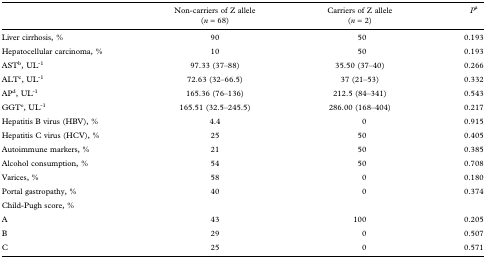
|  | Non-carriers of Z allele (n = 68) | Carriers of Z allele (n = 2) | Pa |
 | --- | --- | --- | --- |
 | Liver cirrhosis, % | 90 | 50 | 0.193 |
 | Hepatocellular carcinoma, % | 10 | 50 | 0.193 |
 | ASTb, UL-1 | 97.33 (37–88) | 35.50 (37–40) | 0.266 |
 | ALTc, UL-1 | 72.63 (32–66.5) | 37 (21–53) | 0.332 |
 | APd, UL-1 | 165.36 (76–136) | 212.5 (84–341) | 0.543 |
 | GGTe, UL-1 | 165.51 (32.5–245.5) | 286.00 (168–404) | 0.217 |
 | Hepatitis B virus (HBV), % | 4.4 | 0 | 0.915 |
 | Hepatitis C virus (HCV), % | 25 | 50 | 0.405 |
 | Autoimmune markers, % | 21 | 50 | 0.385 |
 | Alcohol consumption, % | 54 | 50 | 0.708 |
 | Varices, % | 58 | 0 | 0.180 |
 | Portal gastropathy, % | 40 | 0 | 0.374 |
 | Child-Pugh score, % |  |  |  |
 | A | 43 | 100 | 0.205 |
 | B | 29 | 0 | 0.507 |
 | C | 25 | 0 | 0.571 |